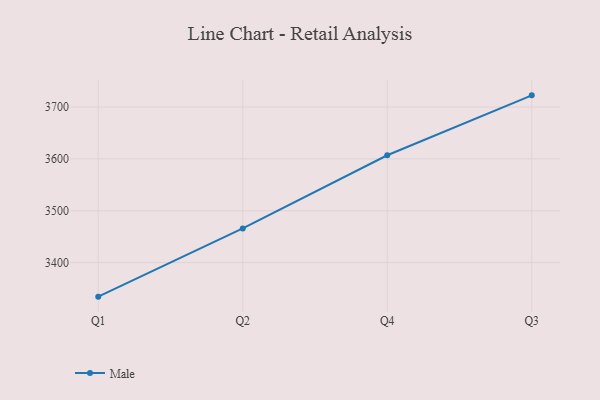
{"axis": {"x": "Quarter", "y": "Energy Usage (MWh)"}, "legend": ["Male"], "data": [{"x": "Q1", "y": 3334.2, "type": "Male"}, {"x": "Q2", "y": 3465.8, "type": "Male"}, {"x": "Q4", "y": 3607.0, "type": "Male"}, {"x": "Q3", "y": 3722.6, "type": "Male"}]}